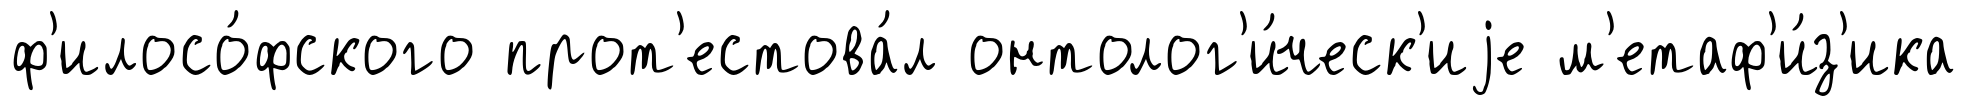
ф'илосо́фского прот'естова́л онтолог'и́ческ'иjе м'етаф'и́з'ика